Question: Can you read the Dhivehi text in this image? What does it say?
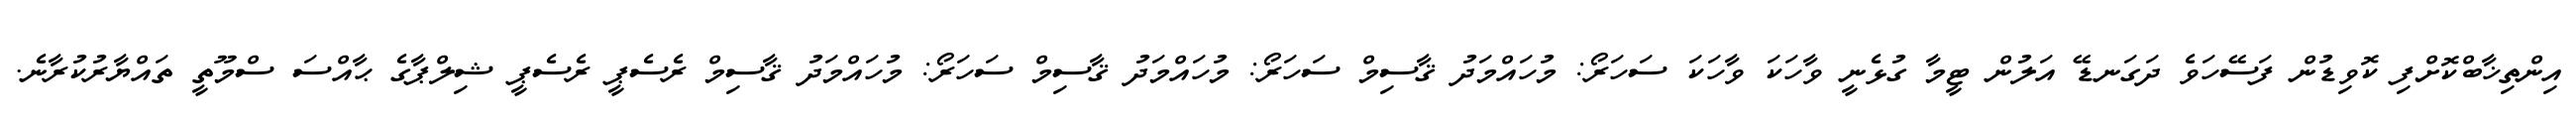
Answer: އިންތިޚާބްކޮށްފި ކޮވިޑުން ފަސޭހަވެ ދަގަނޑޭ އަލުން ޓީމާ ގުޅެނީ ވާހަކަ ވާހަކަ ސަހަރޯ: މުހައްމަދު ޤާސިމް ސަހަރޯ: މުހައްމަދު ޤާސިމް ސަހަރޯ: މުހައްމަދު ޤާސިމް ރެސެޕީ ރެސެޕީ ޝިލްޕާގެ ޙާއްސަ ސްމޫތީ ތައްޔާރުކުރާނެ.